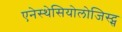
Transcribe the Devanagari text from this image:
एनेस्थेसियोलोजिस्ट्स